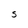
Character: S